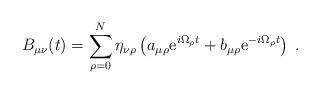
LaTeX: \begin{align*}B_{\mu\nu}(t)=\sum_{\rho=0}^N\eta_{\nu\rho}\left(a_{\mu\rho}{\rm e}^{i\Omega_\rho t}+b_{\mu\rho}{\rm e}^{-i\Omega_\rho t}\right)\;.\end{align*}